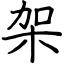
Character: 架